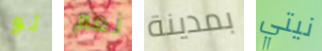
لو نعم بمدينة نيتي